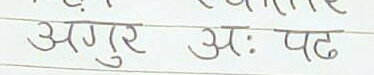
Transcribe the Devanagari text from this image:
अगुर अः पढ